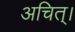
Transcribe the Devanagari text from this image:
अचित्‌।